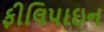
ફીલિપાઇન